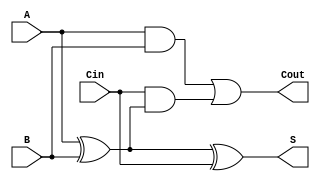
module full_adder (
    input wire A,      // First binary input
    input wire B,      // Second binary input
    input wire Cin,    // Carry-in input
    output wire S,     // Sum output
    output wire Cout   // Carry-out output
);

    // Behavioral description of sum and carry-out
    assign S = A ^ B ^ Cin;               // Sum calculation
    assign Cout = (A & B) | (Cin & (A ^ B)); // Carry-out calculation

endmodule